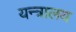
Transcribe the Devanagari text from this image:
यन्त्रालय